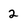
Character: 2